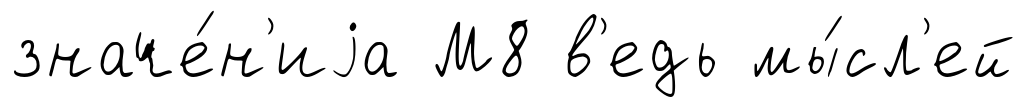
значе́н'иjа М8 в'едь мы́сл'ей